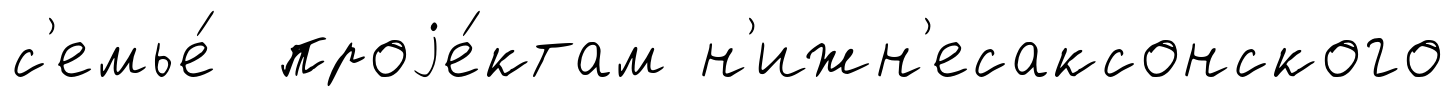
с'емье́ проjе́ктам н'ижн'есаксонского